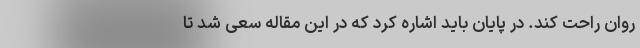
روان راحت کند. در پایان باید اشاره کرد که در این مقاله سعی شد تا